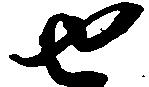
せ